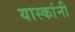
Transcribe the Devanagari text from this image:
यास्कांनी